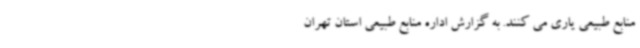
منابع طبیعی یاری می کنند. به گزارش اداره منابع طبیعی استان تهران